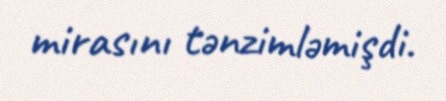
mirasını tənzimləmişdi.